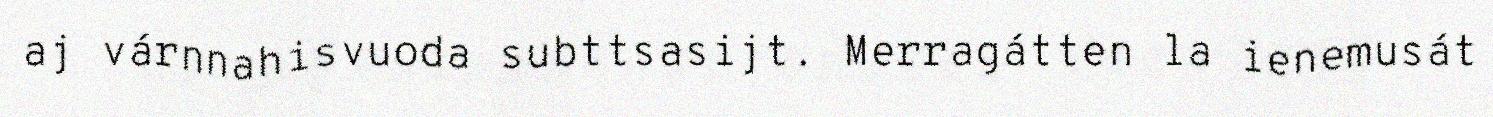
aj várnnahisvuoda subttsasijt. Merragátten la ienemusát